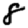
Digit: 8